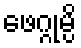
ဖေဂ္ဂုမ္ပိ